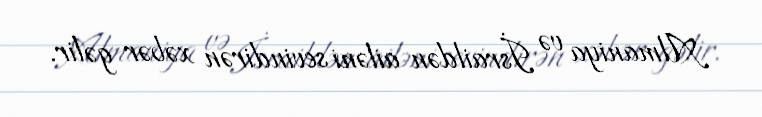
Almaniya və İsraildən ailəni sevindirən xəbər gəlir.